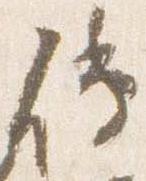
伝